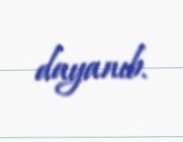
dayanıb.